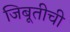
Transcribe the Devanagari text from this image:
जिबूतीची